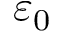
\varepsilon _ { 0 }